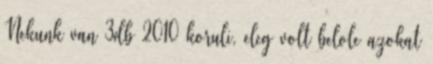
Nekunk van 3db 2010 koruli, eleg volt belole azokat